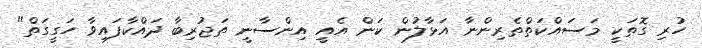
ހުރި ގޮތަކީ މަސައްކަތްތެރިންނާ އަޅާލުން ކަން އެއީ އިންސާނީ ތަޖުރިބާ ދައްކާފައިވާ ހަގީގަތް"